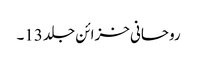
روحانی خزائن جلد 13۔